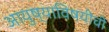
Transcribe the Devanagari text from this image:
आयुष्याविषयीची